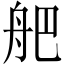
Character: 舥